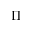
\Pi